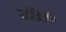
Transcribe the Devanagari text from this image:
जनिका